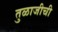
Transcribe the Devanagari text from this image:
तुळाजीची